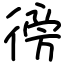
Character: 徬